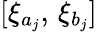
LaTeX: [\xi_{a_{j}},\, \xi_{b_{j}}]